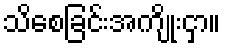
သိစေခြင်းအကျိုးငှာ။